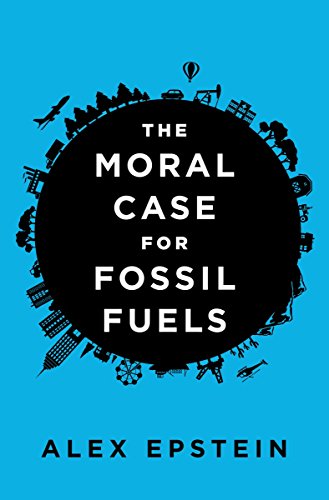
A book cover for The Moral Case for Fossil Fuels; Alex Epstein; Engineering & Transportation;